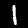
Digit: 1